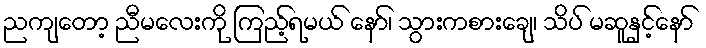
ညကျတော့ ညီမလေးကို ကြည့်ရမယ် နော်၊ သွားကစားချေ၊ သိပ် မဆူနှင့်နော်